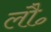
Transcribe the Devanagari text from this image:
लौ॰